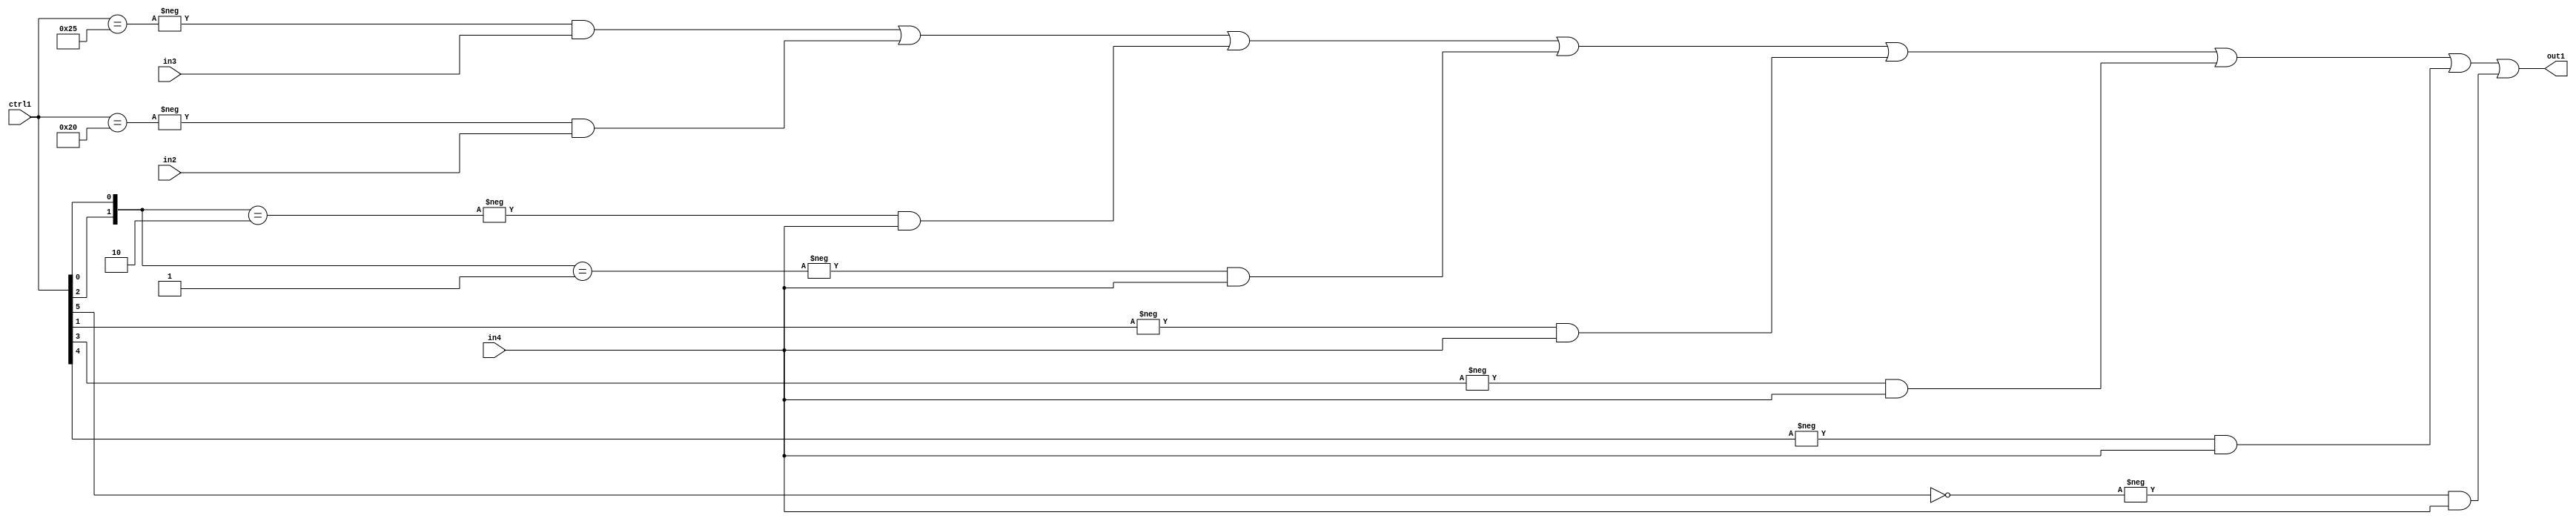
`timescale 1ps / 1ps
/*****************************************************************************
    Verilog RTL Description
    
    
    Created by: Stratus DpOpt 21.05.01 
*******************************************************************************/

module SobelFilter_N_Mux_32_3_103_1 (
	in4,
	in3,
	in2,
	ctrl1,
	out1
	); /* architecture "behavioural" */ 
input [31:0] in4;
input [8:0] in3,
	in2;
input [5:0] ctrl1;
output [31:0] out1;
wire [31:0] asc001;

assign asc001 = 
	-{ctrl1 == 6'B100101} & in3 |
	-{ctrl1 == 6'B100000} & in2 |
	-{{ctrl1[2], ctrl1[0]} == 2'B10} & in4 |
	-{{ctrl1[2], ctrl1[0]} == 2'B01} & in4 |
	-{ctrl1[1] == 1'B1} & in4 |
	-{ctrl1[3] == 1'B1} & in4 |
	-{ctrl1[4] == 1'B1} & in4 |
	-{ctrl1[5] == 1'B0} & in4 ;

assign out1 = asc001;
endmodule

/* CADENCE  vrH1SwA= : u9/ySxbfrwZIxEzHVQQV8Q== ** DO NOT EDIT THIS LINE ******/